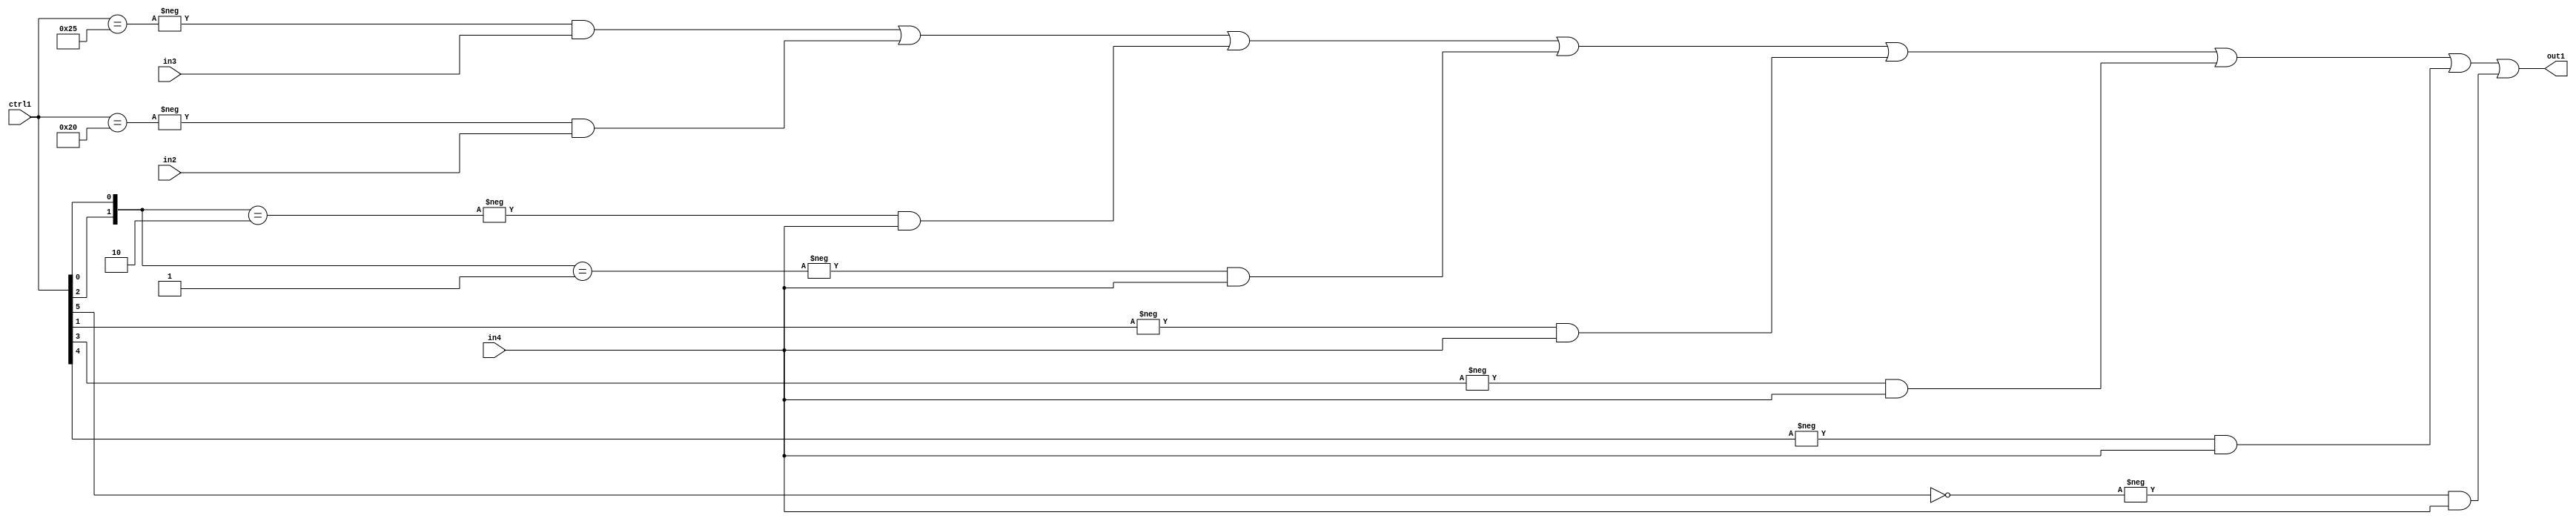
`timescale 1ps / 1ps
/*****************************************************************************
    Verilog RTL Description
    
    
    Created by: Stratus DpOpt 21.05.01 
*******************************************************************************/

module SobelFilter_N_Mux_32_3_103_1 (
	in4,
	in3,
	in2,
	ctrl1,
	out1
	); /* architecture "behavioural" */ 
input [31:0] in4;
input [8:0] in3,
	in2;
input [5:0] ctrl1;
output [31:0] out1;
wire [31:0] asc001;

assign asc001 = 
	-{ctrl1 == 6'B100101} & in3 |
	-{ctrl1 == 6'B100000} & in2 |
	-{{ctrl1[2], ctrl1[0]} == 2'B10} & in4 |
	-{{ctrl1[2], ctrl1[0]} == 2'B01} & in4 |
	-{ctrl1[1] == 1'B1} & in4 |
	-{ctrl1[3] == 1'B1} & in4 |
	-{ctrl1[4] == 1'B1} & in4 |
	-{ctrl1[5] == 1'B0} & in4 ;

assign out1 = asc001;
endmodule

/* CADENCE  vrH1SwA= : u9/ySxbfrwZIxEzHVQQV8Q== ** DO NOT EDIT THIS LINE ******/